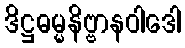
ဒိဋ္ဌဓမ္မနိဗ္ဗာနဝါဒေါ